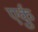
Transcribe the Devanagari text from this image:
एर्कु